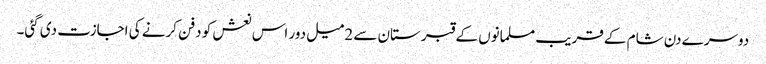
دوسرے دن شام کے قریب مسلمانوں کے قبرستان سے 2میل دور اس نعش کو دفن کرنے کی اجازت دی گئی۔